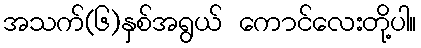
အသက်(၆)နှစ်အရွယ် ကောင်လေးတို့ပါ။